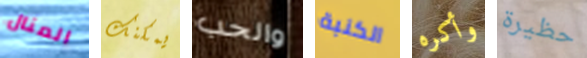
المنال يمكنك والحب الكنبة وأكره حظيرة